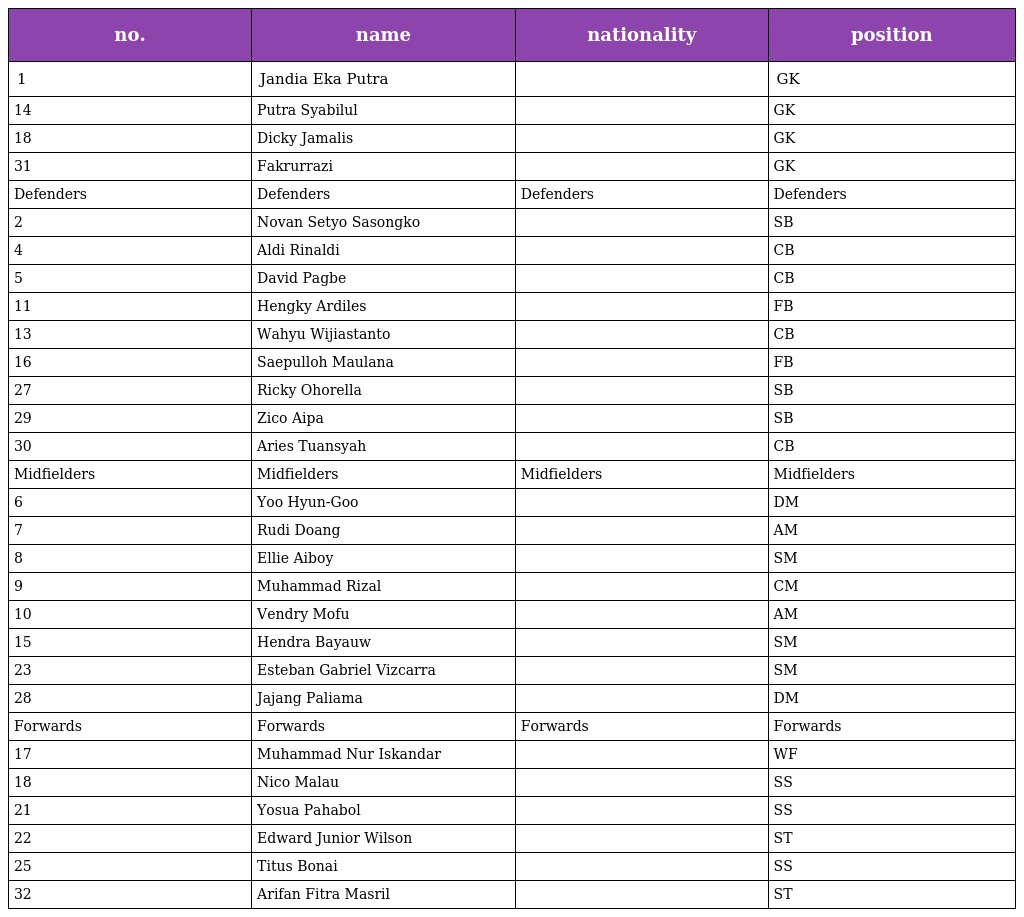
| no. | name | nationality | position |
 | --- | --- | --- | --- |
 | 1 | Jandia Eka Putra |  | GK |
 | 14 | Putra Syabilul |  | GK |
 | 18 | Dicky Jamalis |  | GK |
 | 31 | Fakrurrazi |  | GK |
 | Defenders | Defenders | Defenders | Defenders |
 | 2 | Novan Setyo Sasongko |  | SB |
 | 4 | Aldi Rinaldi |  | CB |
 | 5 | David Pagbe |  | CB |
 | 11 | Hengky Ardiles |  | FB |
 | 13 | Wahyu Wijiastanto |  | CB |
 | 16 | Saepulloh Maulana |  | FB |
 | 27 | Ricky Ohorella |  | SB |
 | 29 | Zico Aipa |  | SB |
 | 30 | Aries Tuansyah |  | CB |
 | Midfielders | Midfielders | Midfielders | Midfielders |
 | 6 | Yoo Hyun-Goo |  | DM |
 | 7 | Rudi Doang |  | AM |
 | 8 | Ellie Aiboy |  | SM |
 | 9 | Muhammad Rizal |  | CM |
 | 10 | Vendry Mofu |  | AM |
 | 15 | Hendra Bayauw |  | SM |
 | 23 | Esteban Gabriel Vizcarra |  | SM |
 | 28 | Jajang Paliama |  | DM |
 | Forwards | Forwards | Forwards | Forwards |
 | 17 | Muhammad Nur Iskandar |  | WF |
 | 18 | Nico Malau |  | SS |
 | 21 | Yosua Pahabol |  | SS |
 | 22 | Edward Junior Wilson |  | ST |
 | 25 | Titus Bonai |  | SS |
 | 32 | Arifan Fitra Masril |  | ST |